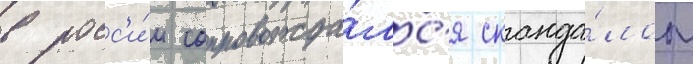
в росс'и́и сопровожда́лс'я сканда́лом